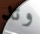
وتد